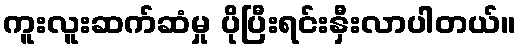
ကူးလူးဆက်ဆံမှု ပိုပြီးရင်းနှီးလာပါတယ်။